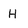
Character: H